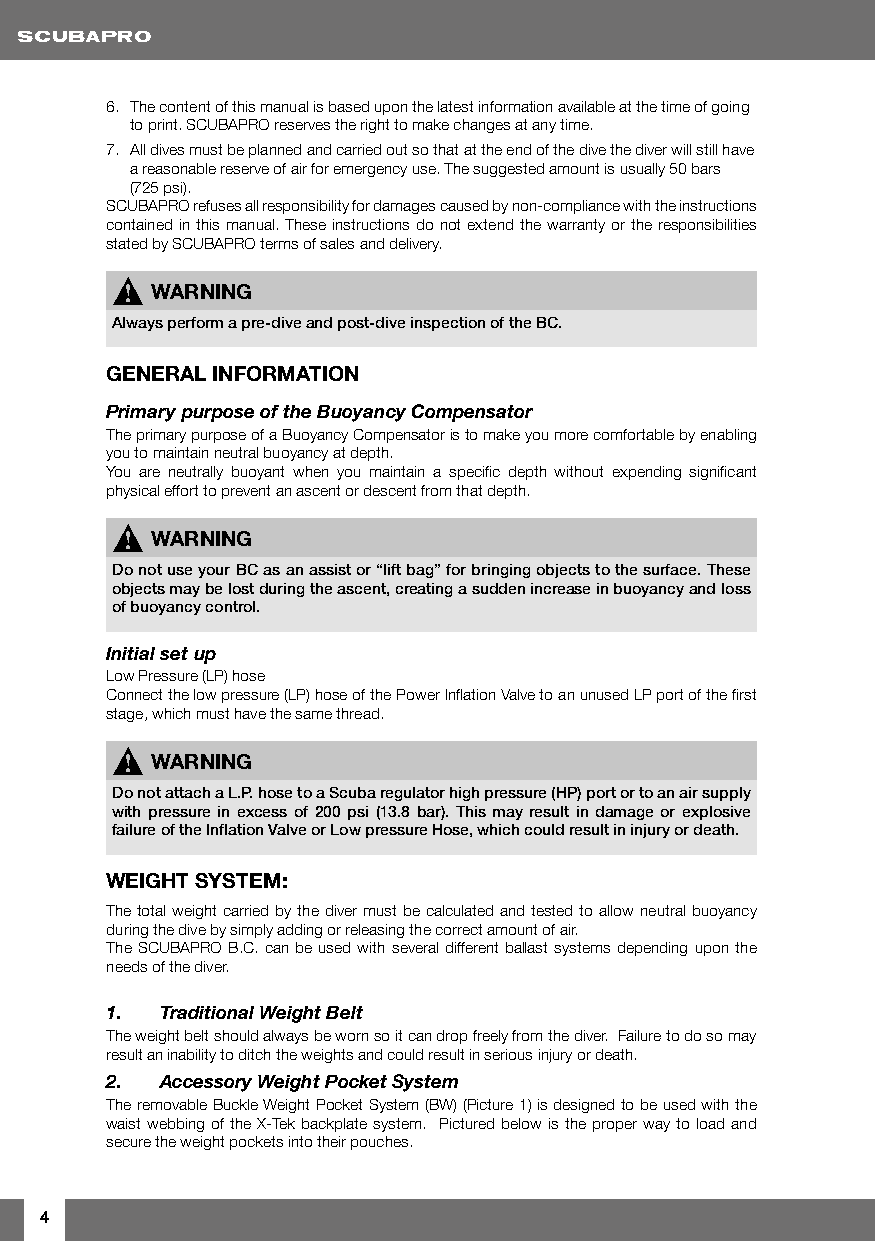
6. The content of this manual is based upon the latest information available at the time of going
 to print. SCUBAPRO reserves the right to make changes at any time.
 7. All dives must be planned and carried out so that at the end of the dive the diver will still have
 a reasonable reserve of air for emergency use. The suggested amount is usually 50 bars
 (725 psi).
 SCUBAPRO refuses all responsibility for damages caused by non-compliance with the instructions
 contained in this manual. These instructions do not extend the warranty or the responsibilities
 stated by SCUBAPRO terms of sales and delivery.
 !  WARNING
 Always perform a pre-dive and post-dive inspection of the BC.
 GENERAL INFORMATION
 Primary purpose of the Buoyancy Compensator
 The primary purpose of a Buoyancy Compensator is to make you more comfortable by enabling
 you to maintain neutral buoyancy at depth.
 You are neutrally buoyant when you maintain a specific depth without expending significant
 physical effort to prevent an ascent or descent from that depth.
 !  WARNING
 Do not use your BC as an assist or “lift bag” for bringing objects to the surface. These
 objects may be lost during the ascent, creating a sudden increase in buoyancy and loss
 of buoyancy control.
 Initial set up
 Low Pressure (LP) hose
 Connect the low pressure (LP) hose of the Power Inflation Valve to an unused LP port of the first
 stage, which must have the same thread.
 !  WARNING
 Do not attach a L.P. hose to a Scuba regulator high pressure (HP) port or to an air supply
 with pressure in excess of 200 psi (13.8 bar). This may result in damage or explosive
 failure of the Inflation Valve or Low pressure Hose, which could result in injury or death.
 WEIGHT SYSTEM:
 The total weight carried by the diver must be calculated and tested to allow neutral buoyancy
 during the dive by simply adding or releasing the correct amount of air.
 The SCUBAPRO B.C. can be used with several different ballast systems depending upon the
 needs of the diver.
 1.  Traditional Weight Belt
 The weight belt should always be worn so it can drop freely from the diver. Failure to do so may
 result an inability to ditch the weights and could result in serious injury or death.
 2.  Accessory Weight Pocket System
 The removable Buckle Weight Pocket System (BW) (Picture 1) is designed to be used with the
 waist webbing of the X-Tek backplate system. Pictured below is the proper way to load and
 secure the weight pockets into their pouches.
 4